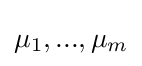
\mu _{1},...,\mu _{m}